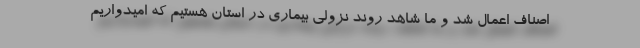
اصناف اعمال شد و ما شاهد روند نزولی بیماری در استان هستیم که امیدواریم